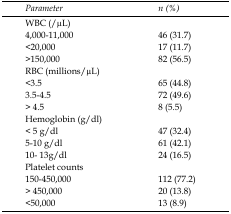
<table><thead><tr><td><b>Parameter</b></td><td><b>n (%)</b></td></tr></thead><tbody><tr><td colspan="2">WBC (/μL)</td></tr><tr><td>4,000-11,000</td><td>46 (31.7)</td></tr><tr><td>&lt;20,000</td><td>17 (11.7)</td></tr><tr><td>&gt;150,000</td><td>82 (56.5)</td></tr><tr><td colspan="2">RBC (millions/μL)</td></tr><tr><td>&lt;3.5</td><td>65 (44.8)</td></tr><tr><td>3.5-4.5</td><td>72 (49.6)</td></tr><tr><td>&gt; 4.5</td><td>8 (5.5)</td></tr><tr><td colspan="2">Hemoglobin (g/dl)</td></tr><tr><td>&lt; 5 g/dl</td><td>47 (32.4)</td></tr><tr><td>5-10 g/dl</td><td>61 (42.1)</td></tr><tr><td>10-13 g/dl</td><td>24 (16.5)</td></tr><tr><td colspan="2">Platelet counts</td></tr><tr><td>150-450,000</td><td>112 (77.2)</td></tr><tr><td>&gt; 450,000</td><td>20 (13.8)</td></tr><tr><td>&lt;50,000</td><td>13 (8.9)</td></tr></tbody></table>